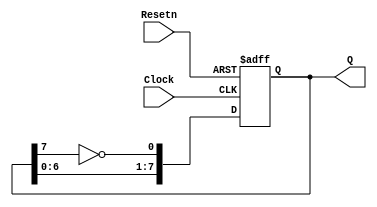
module eight_bit_john_counter(Resetn, Clock, Q);
input Resetn, Clock;
output[7:0] Q;
reg [7:0] Q;
always @(negedge Resetn or posedge Clock)
if(!Resetn)
Q <= 0;
else
Q <= {{Q[6:0]},{~Q[7]}};
endmodule